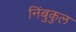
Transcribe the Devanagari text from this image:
निंबुकुल